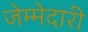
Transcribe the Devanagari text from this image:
जेम्मेदारी